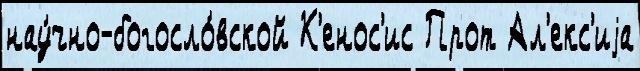
нау́чно-богосло́вской К'енос'ис Прот Ал'екс'иjа